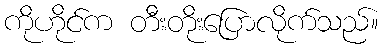
ကိုဟိုင်က တီးတိုးပြောလိုက်သည်။